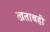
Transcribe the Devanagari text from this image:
खताबही